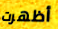
أظهرت